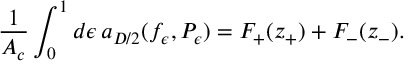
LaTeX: { \frac { 1 } { { \cal A } _ { c } } } \int _ { 0 } ^ { 1 } d \epsilon \, a _ { D / 2 } ( f _ { \epsilon } , P _ { \epsilon } ) = { \cal F } _ { + } ( z _ { + } ) + { \cal F } _ { - } ( z _ { - } ) .